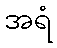
အရံ